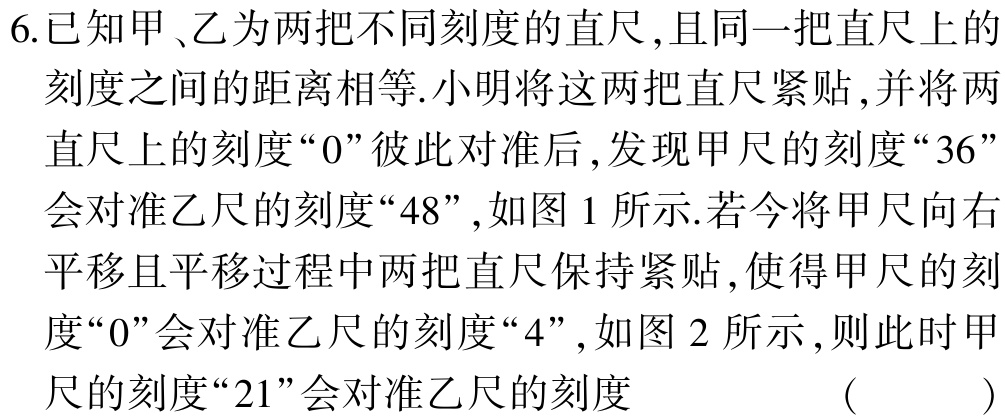
6.已知甲、乙为两把不同刻度的直尺,且同一把直尺上的刻度之间的距离相等.小明将这两把直尺紧贴,并将两直尺上的刻度“0”彼此对准后,发现甲尺的刻度“36”会对准乙尺的刻度“48”,如图1所示.若今将甲尺向右平移且平移过程中两把直尺保持紧贴,使得甲尺的刻度“0”会对准乙尺的刻度“4”,如图2所示,则此时甲尺的刻度“21”会对准乙尺的刻度 （  ）